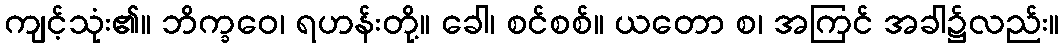
ကျင့်သုံး၏။ ဘိက္ခဝေ၊ ရဟန်းတို့။ ခေါ၊ စင်စစ်။ ယတော စ၊ အကြင် အခါ၌လည်း။